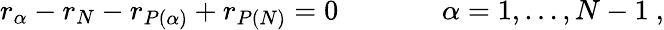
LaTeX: r_{\alpha}-r_{N}-r_{P(\alpha)}+r_{P(N)}=0\, ~~~~~~~~~~~~~~\alpha=1,\dots,N-1\ ,